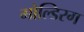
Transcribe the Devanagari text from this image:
गोल्डिरग